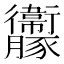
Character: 𧲝